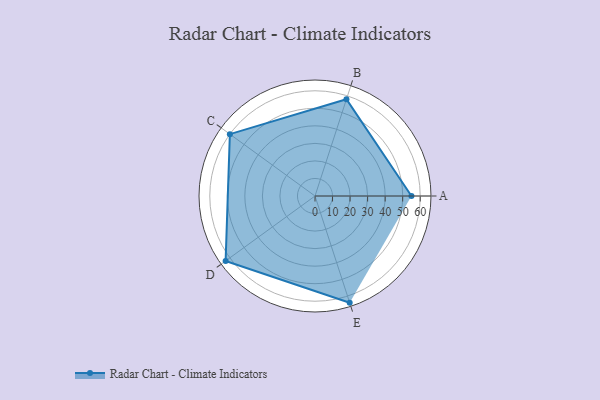
{"axis": {"x": "Skill", "y": "Score"}, "legend": ["Profile"], "data": [{"x": "A", "y": 55.0, "type": "Profile"}, {"x": "B", "y": 58.0, "type": "Profile"}, {"x": "C", "y": 60.0, "type": "Profile"}, {"x": "D", "y": 63.0, "type": "Profile"}, {"x": "E", "y": 64.0, "type": "Profile"}]}